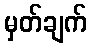
မှတ်ချက်